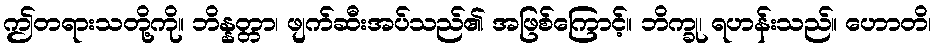
ဤတရားသတို့ကို။ ဘိန္နတ္တာ၊ ဖျက်ဆီးအပ်သည်၏ အဖြစ်ကြောင့်။ ဘိက္ခု၊ ရဟန်းသည်။ ဟောတိ၊